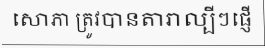
សោភា ត្រូវបានតារាល្បីៗផ្ញើ